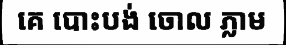
គេ បោះបង់ ចោល ភ្លាម